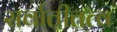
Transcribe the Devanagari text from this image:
सर्वातीतत्व